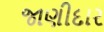
જાણીદાર